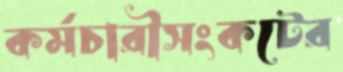
কর্মচারীসংকটের